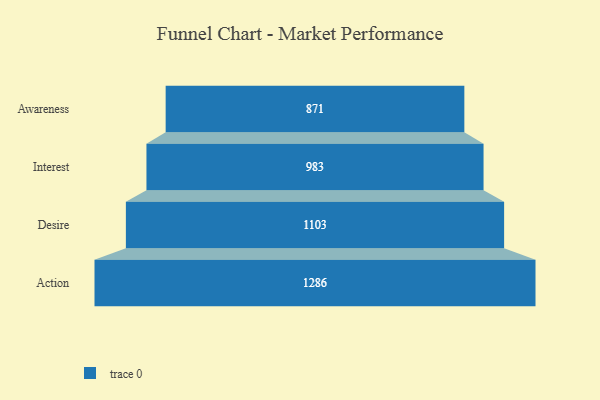
{"axis": {"x": "Stage", "y": "Value"}, "legend": [""], "data": [{"x": "Awareness", "y": 871.0, "type": ""}, {"x": "Interest", "y": 983.0, "type": ""}, {"x": "Desire", "y": 1103.0, "type": ""}, {"x": "Action", "y": 1286.0, "type": ""}]}